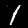
Label: 1